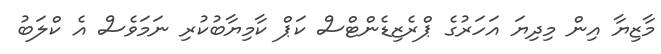
މާޒިޔާ އިން މިދިޔަ އަހަރުގެ ޕްރެޒިޑެންޓްސް ކަޕް ކާމިޔާބުކުރި ނަމަވެސް އެ ކްލަބު